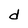
Character: d